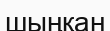
шыңқан